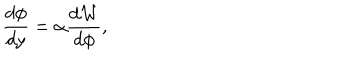
LaTeX: \frac { d \phi } { d y } = \alpha \frac { d { \cal W } } { d \phi } ,